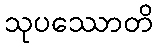
သုပဿောတိ